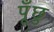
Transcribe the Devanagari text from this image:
पूँछु